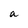
Character: a